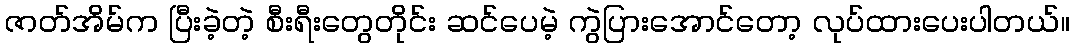
ဇာတ်အိမ်က ပြီးခဲ့တဲ့ စီးရီးတွေတိုင်း ဆင်ပေမဲ့ ကွဲပြားအောင်တော့ လုပ်ထားပေးပါတယ်။